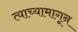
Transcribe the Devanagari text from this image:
त्याच्यामागून